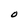
Character: O